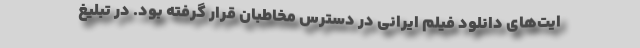
ایت‌های دانلود فیلم ایرانی در دسترس مخاطبان قرار گرفته بود. در تبلیغ